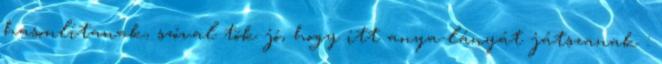
hasonlítanak, szóval tök jó, hogy itt anya-lányát játszanak :